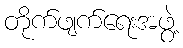
တိုက်ဖျက်ရေးအဖွဲ့